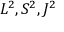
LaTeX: L ^ { 2 } , S ^ { 2 } , J ^ { 2 }